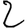
Digit: 2